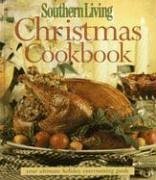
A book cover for Southern Living Christmas Cookbook; Editors of Southern Living Magazine; Cookbooks, Food & Wine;